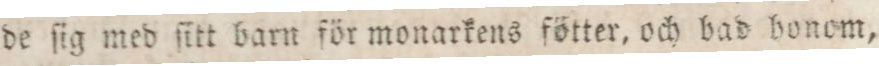
de ſig med ſitt barn för monarkens fötter, och bad honom,